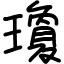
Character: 瓊